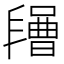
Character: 𣍔